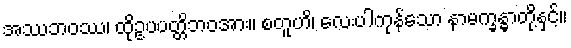
အဿဘဝဿ၊ ထိုဥပပတ္တိဘဝအား။ စတူဟိ၊ လေးပါကုန်သော နာမက္ခန္ဓာတို့နှင့်။